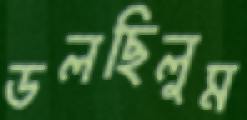
ডলছিলুম